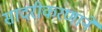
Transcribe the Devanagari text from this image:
सादरीकरणाने